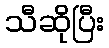
သီဆိုပြီး